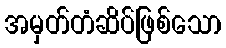
အမှတ်တံဆိပ်ဖြစ်သော